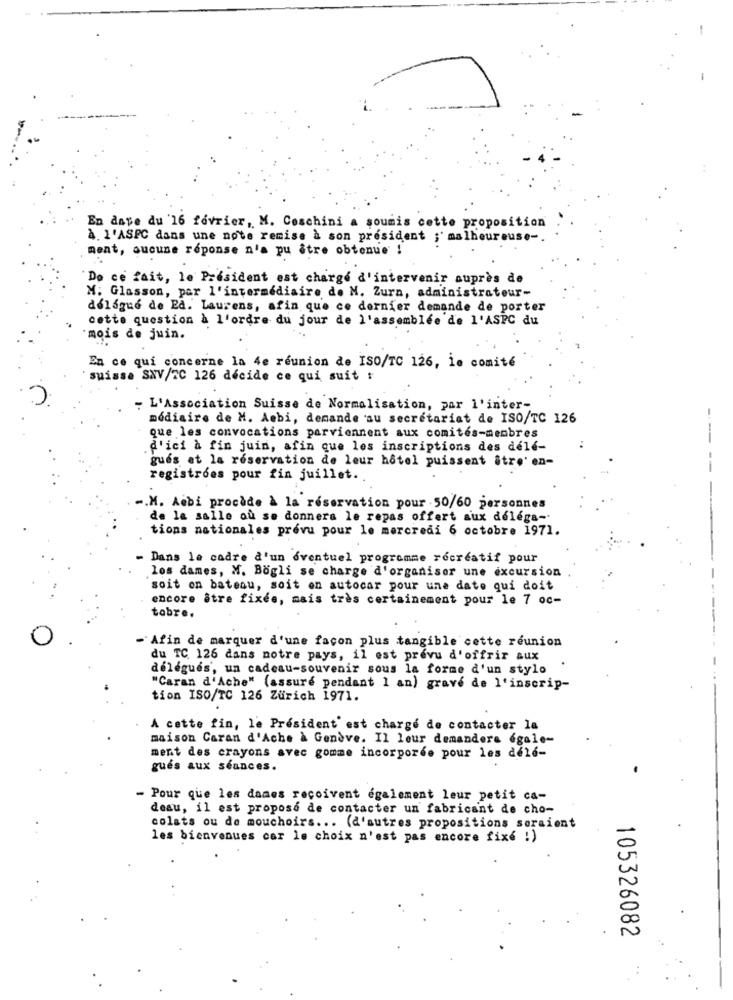
En date du '16 février, M. Coschini a soumis cette proposition
à. l'ASPC dans une note remise à son président ;' malheureuse -.
ment, aucune réponse n'a pu être obtenue !
De ce fait, le Président est charge d'intervenir auprès de
M. Glasson, par l'intermédiaire de N. Zurn, administrateur-
délégué de La. Laurens, afin que ce dernier demande de porter
cette question à l'ordre du jour de l'assemblée de l'ASPC du
mois de juin.
En ce qui concerne la 4e reunion de ISO/TC 126, io comité
suisse SNV/2C 126 décide ce qui suit :
- L'Association Suisse de Normalisation, par l'inter-
médiaire de M. Aebi, demande su secrétariat de ISO/TC 126
que les convocations parviennent aux comités-menbres
--
.d'ici à fin juin, afin que les inscriptions des dele-
gués at la réservation de leur hôtel puissent être' en-
--
registroes pour fin juillet.
-. M. Ambi procede à la réservation pour . 50/60 personnes
de la salle ou se donnera le repas offert aux delega-
tions nationales prévu pour le mercredi 6 octobre 1971.
- Dans le cadre d'un éventuel programme récréatif pour
los dames, M. Bogli se charge d'organiser une excursion
soit on bateau, soit en autocar pour une date qui doit
encore être fixes, mais très certainement pour le 7 oc-
tobre.
-Afin de marquer d'une façon plus tangible cette réunion
du TC. 126 dans notre pays, il est prévu d'offrir aux
délégués, un cadeau-souvenir sous la forme d'un stylo
"Caran d'Ache" (assure pendant 1 an) grave de l'inscrip-
tion ISO/TC 126 Zurich 1971.
A cette fin, le Président' est chargé de contacter la
maison Caran d'Ache à Genève. Il leur demandera égale-
ment des crayons avec gomme incorporée pour les dele-
gues aux séances.
- Pour que les dames reçoivent également leur petit ca-
deau, il est propose de contacter un fabricant de cho-
colats ou de mouchoirs ... (d'autres propositions seraient
les bienvenues car le choix n'est pas encore fixé :)
105326082